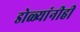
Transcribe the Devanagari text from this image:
डोळ्यांनीही